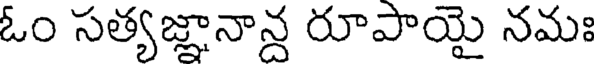
ఓం సత్యజ్ఞానాన్ద రూపాయై నమః